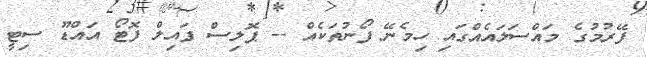
ފޭރުމުގެ މައްސަލައެއްގައި ހިމެނޭ ފޯނުތަކެއް -- ޕޮލިސް ފައިލް ފޮޓޯ އައްޑޫ ސިޓީ